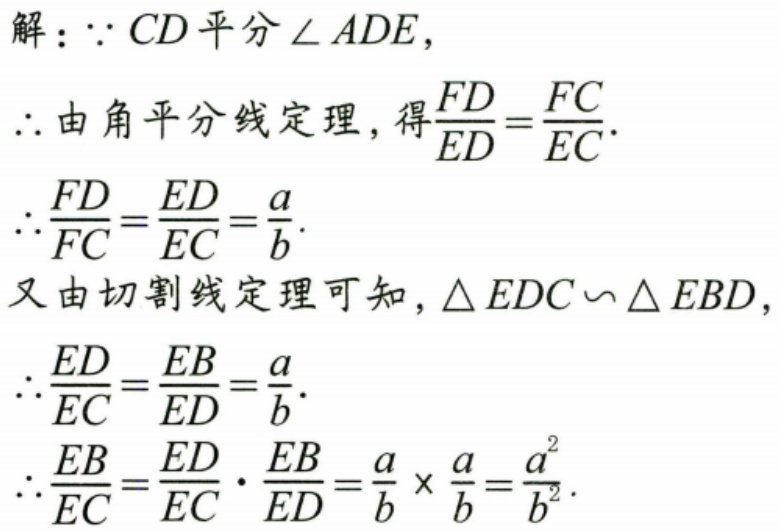
解：$\because CD$平分$\angle ADE$，
$\therefore$由角平分线定理，得$\dfrac{FD}{ED}=\dfrac{FC}{EC}$.
$\therefore\dfrac{FD}{FC}=\dfrac{ED}{EC}=\dfrac{a}{b}$.
又由切割线定理可知，$\triangle EDC\backsim\triangle EBD$，
$\therefore\dfrac{ED}{EC}=\dfrac{EB}{ED}=\dfrac{a}{b}$.
$\therefore\dfrac{EB}{EC}=\dfrac{ED}{EC}\cdot\dfrac{EB}{ED}=\dfrac{a}{b}\times\dfrac{a}{b}=\dfrac{a^{2}}{b^{2}}$.